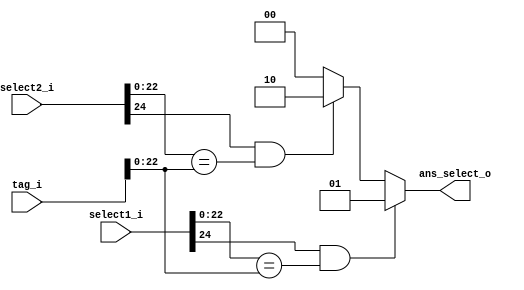
module Select_Hit(
    select1_i,
    select2_i,
    tag_i,
    ans_select_o
);
input [24:0] select1_i, select2_i, tag_i;
output [1:0] ans_select_o;
reg   s1, s2;

always@(select1_i, select2_i, tag_i, ans_select_o) begin
    s1 = (select1_i[24] && (select1_i[22:0] == tag_i[22:0]));
    s2 = (select2_i[24] && (select2_i[22:0] == tag_i[22:0]));
    // $display("s1 = %d s2 = %d\n",  s1, s2);
end 

assign ans_select_o = s1? 2'b01 : s2 ? 2'b10 : 2'b00;
// assign hit_o = (s1 & s2);

endmodule